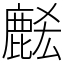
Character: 𪊭